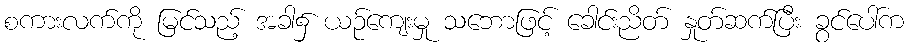
စကားလက်ကို မြင်သည့် အခါ၌ ယဉ်ကျေးမှု သဘောဖြင့် ခေါင်းညိတ် နှုတ်ဆက်ပြီး ခွင်ပေါ်က